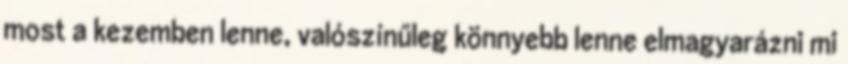
most a kezemben lenne, valószínűleg könnyebb lenne elmagyarázni mi